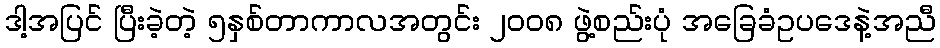
ဒါ့အပြင် ပြီးခဲ့တဲ့ ၅နှစ်တာကာလအတွင်း ၂၀၀၈ ဖွဲ့စည်းပုံ အခြေခံဥပဒေနဲ့အညီ